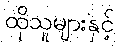
ထိုသူများနှင့်